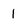
Character: 1